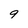
Character: 9